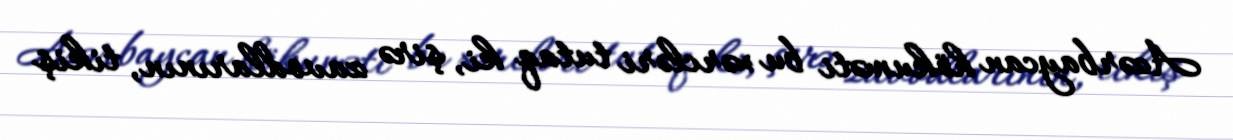
Azərbaycan hökuməti bu xərcləri tutaq ki, şirə zavodlarının, tikiş